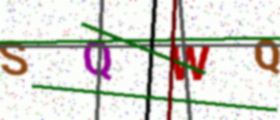
Text: SQWQ